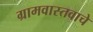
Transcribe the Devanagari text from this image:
ग्रामवास्तवाचे